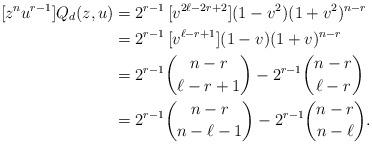
LaTeX: \begin{align*} [z^n u^{r-1}] Q_d(z,u) &= 2^{r-1}\,[v^{2\ell-2r+2}] (1-v^2) (1+v^2)^{n-r} \\ &= 2^{r-1}\,[v^{\ell-r+1}] (1-v) (1+v)^{n-r} \\ &= 2^{r-1} \binom{n-r}{\ell-r+1} - 2^{r-1} \binom{n-r}{\ell-r} \\ &= 2^{r-1} \binom{n-r}{n-\ell-1} - 2^{r-1} \binom{n-r}{n-\ell}. \end{align*}